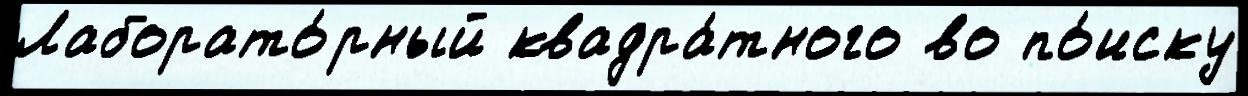
Лаборато́рный квадра́тного во по́иску